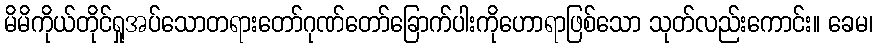
မိမိကိုယ်တိုင်ရှုအပ်သောတရားတော်ဂုဏ်တော်ခြောက်ပါးကိုဟောရာဖြစ်သော သုတ်လည်းကောင်း။ ခေမ၊